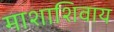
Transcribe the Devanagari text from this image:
माशाशिवाय